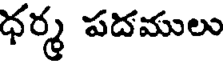
ధర్మ పదములు